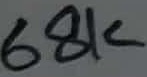
Text: 68K